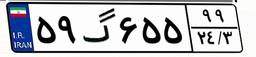
۵۹گ۶۵۵۹۹